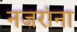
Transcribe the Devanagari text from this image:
नजरांना